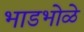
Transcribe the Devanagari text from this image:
भाडभोळे